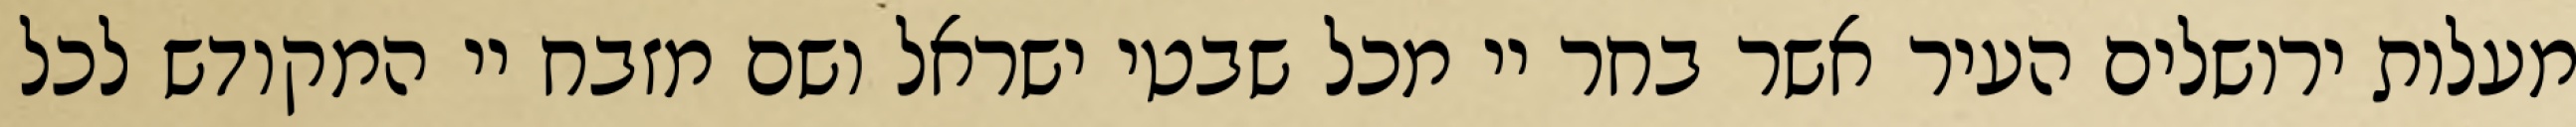
מעלות ירושלים העיר אשר בחר יי מכל שבטי ישראל ושם מזבח יי המקודש לכל